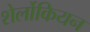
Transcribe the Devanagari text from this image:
शेर्लोकियन